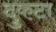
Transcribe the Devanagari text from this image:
दुकटा